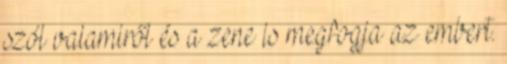
szól valamiről és a zene is megfogja az embert.